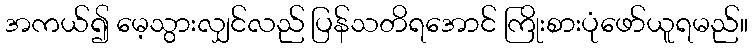
အကယ်၍ မေ့သွားလျှင်လည် ပြန်သတိရအောင် ကြိုးစားပုံဖော်ယူရမည်။